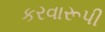
કરવારૂપી